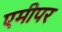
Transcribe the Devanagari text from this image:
एमीपर